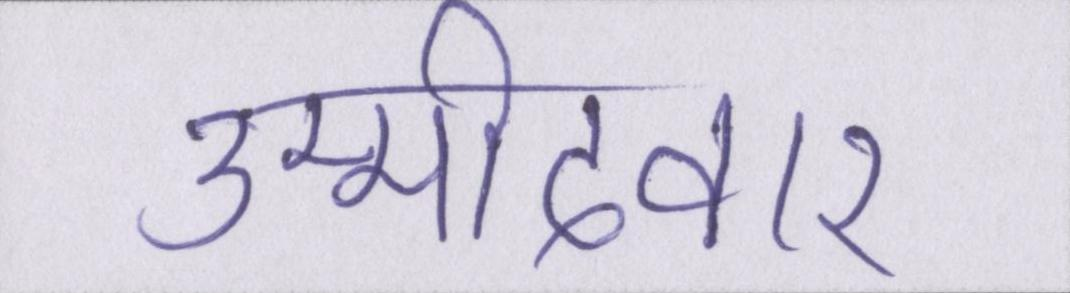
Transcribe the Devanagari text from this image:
उम्मीदवार